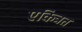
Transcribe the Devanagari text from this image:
एकित्रत